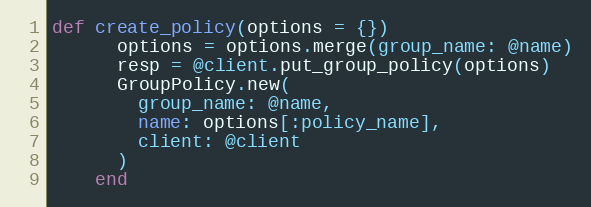
Language: Ruby
def create_policy(options = {})
      options = options.merge(group_name: @name)
      resp = @client.put_group_policy(options)
      GroupPolicy.new(
        group_name: @name,
        name: options[:policy_name],
        client: @client
      )
    end